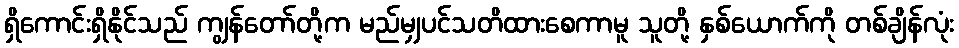
ရှိကောင်းရှိနိုင်သည် ကျွန်တော်တို့က မည်မျှပင်သတိထားစေကာမူ သူတို့ နှစ်ယောက်ကို တစ်ချိန်လုံး